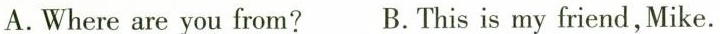
A.Where are you from? B.This is my friend, Mike.